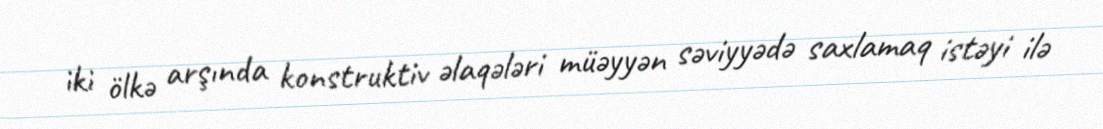
iki ölkə arşında konstruktiv əlaqələri müəyyən səviyyədə saxlamaq istəyi ilə